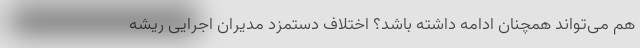
هم می‌تواند همچنان ادامه داشته باشد؟ اختلاف دستمزد مدیران اجرایی ریشه